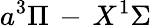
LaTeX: a^{3}\Pi\, -\, X^{1}\Sigma